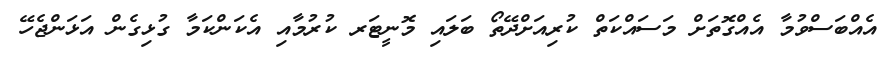
އެއްބަސްވުމާ އެއްގޮތަށް މަސައްކަތް ކުރިއަށްދޭތޯ ބަލައި މޮނީޓަރ ކުރުމާއި އެކަންކަމާ ގުޅިގެން އަޅަންޖެހޭ